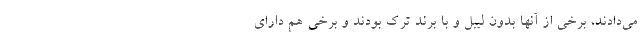
می‌دادند، برخی از آنها بدون لیبل و با برند ترک بودند و برخی هم دارای